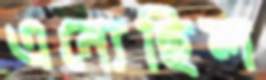
এন্যেছিল